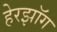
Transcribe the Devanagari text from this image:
हेरझॉग